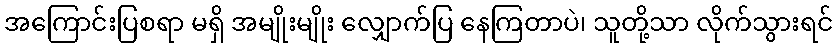
အကြောင်းပြစရာ မရှိ အမျိုးမျိုး လျှောက်ပြ နေကြတာပဲ၊ သူတို့သာ လိုက်သွားရင်